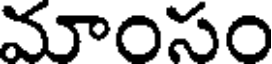
మాంసం